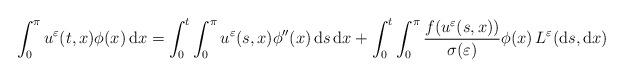
LaTeX: \begin{align*} & \int_{0}^{\pi} u^{\varepsilon}(t,x) \phi(x) \, \textrm{d}x = \int_{0}^{t} \int_{0}^{\pi} u^{\varepsilon}(s,x) \phi''(x) \, \textrm{d}s \, \textrm{d}x + \int_{0}^{t} \int_{0}^{\pi} \frac{f(u^{\varepsilon}(s,x))}{\sigma(\varepsilon)} \phi(x) \,L^{\varepsilon}(\textrm{d}s, \textrm{d}x)\end{align*}